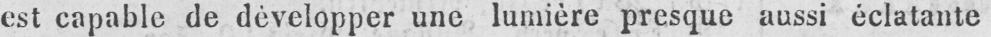
est capable de développer une lumière presque aussi éclatante